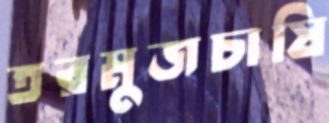
তরমুজচাষি